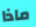
ماذا